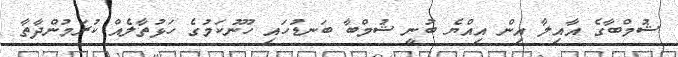
ޝުމްބާގެ އާއިލާ އިން އިއްޔެ ބުނީ ޝުމްބާ ބަނޑުހައި ހޫނުކަމުގެ ހަޅުތާލެއް ކުރަމުންދާތާ